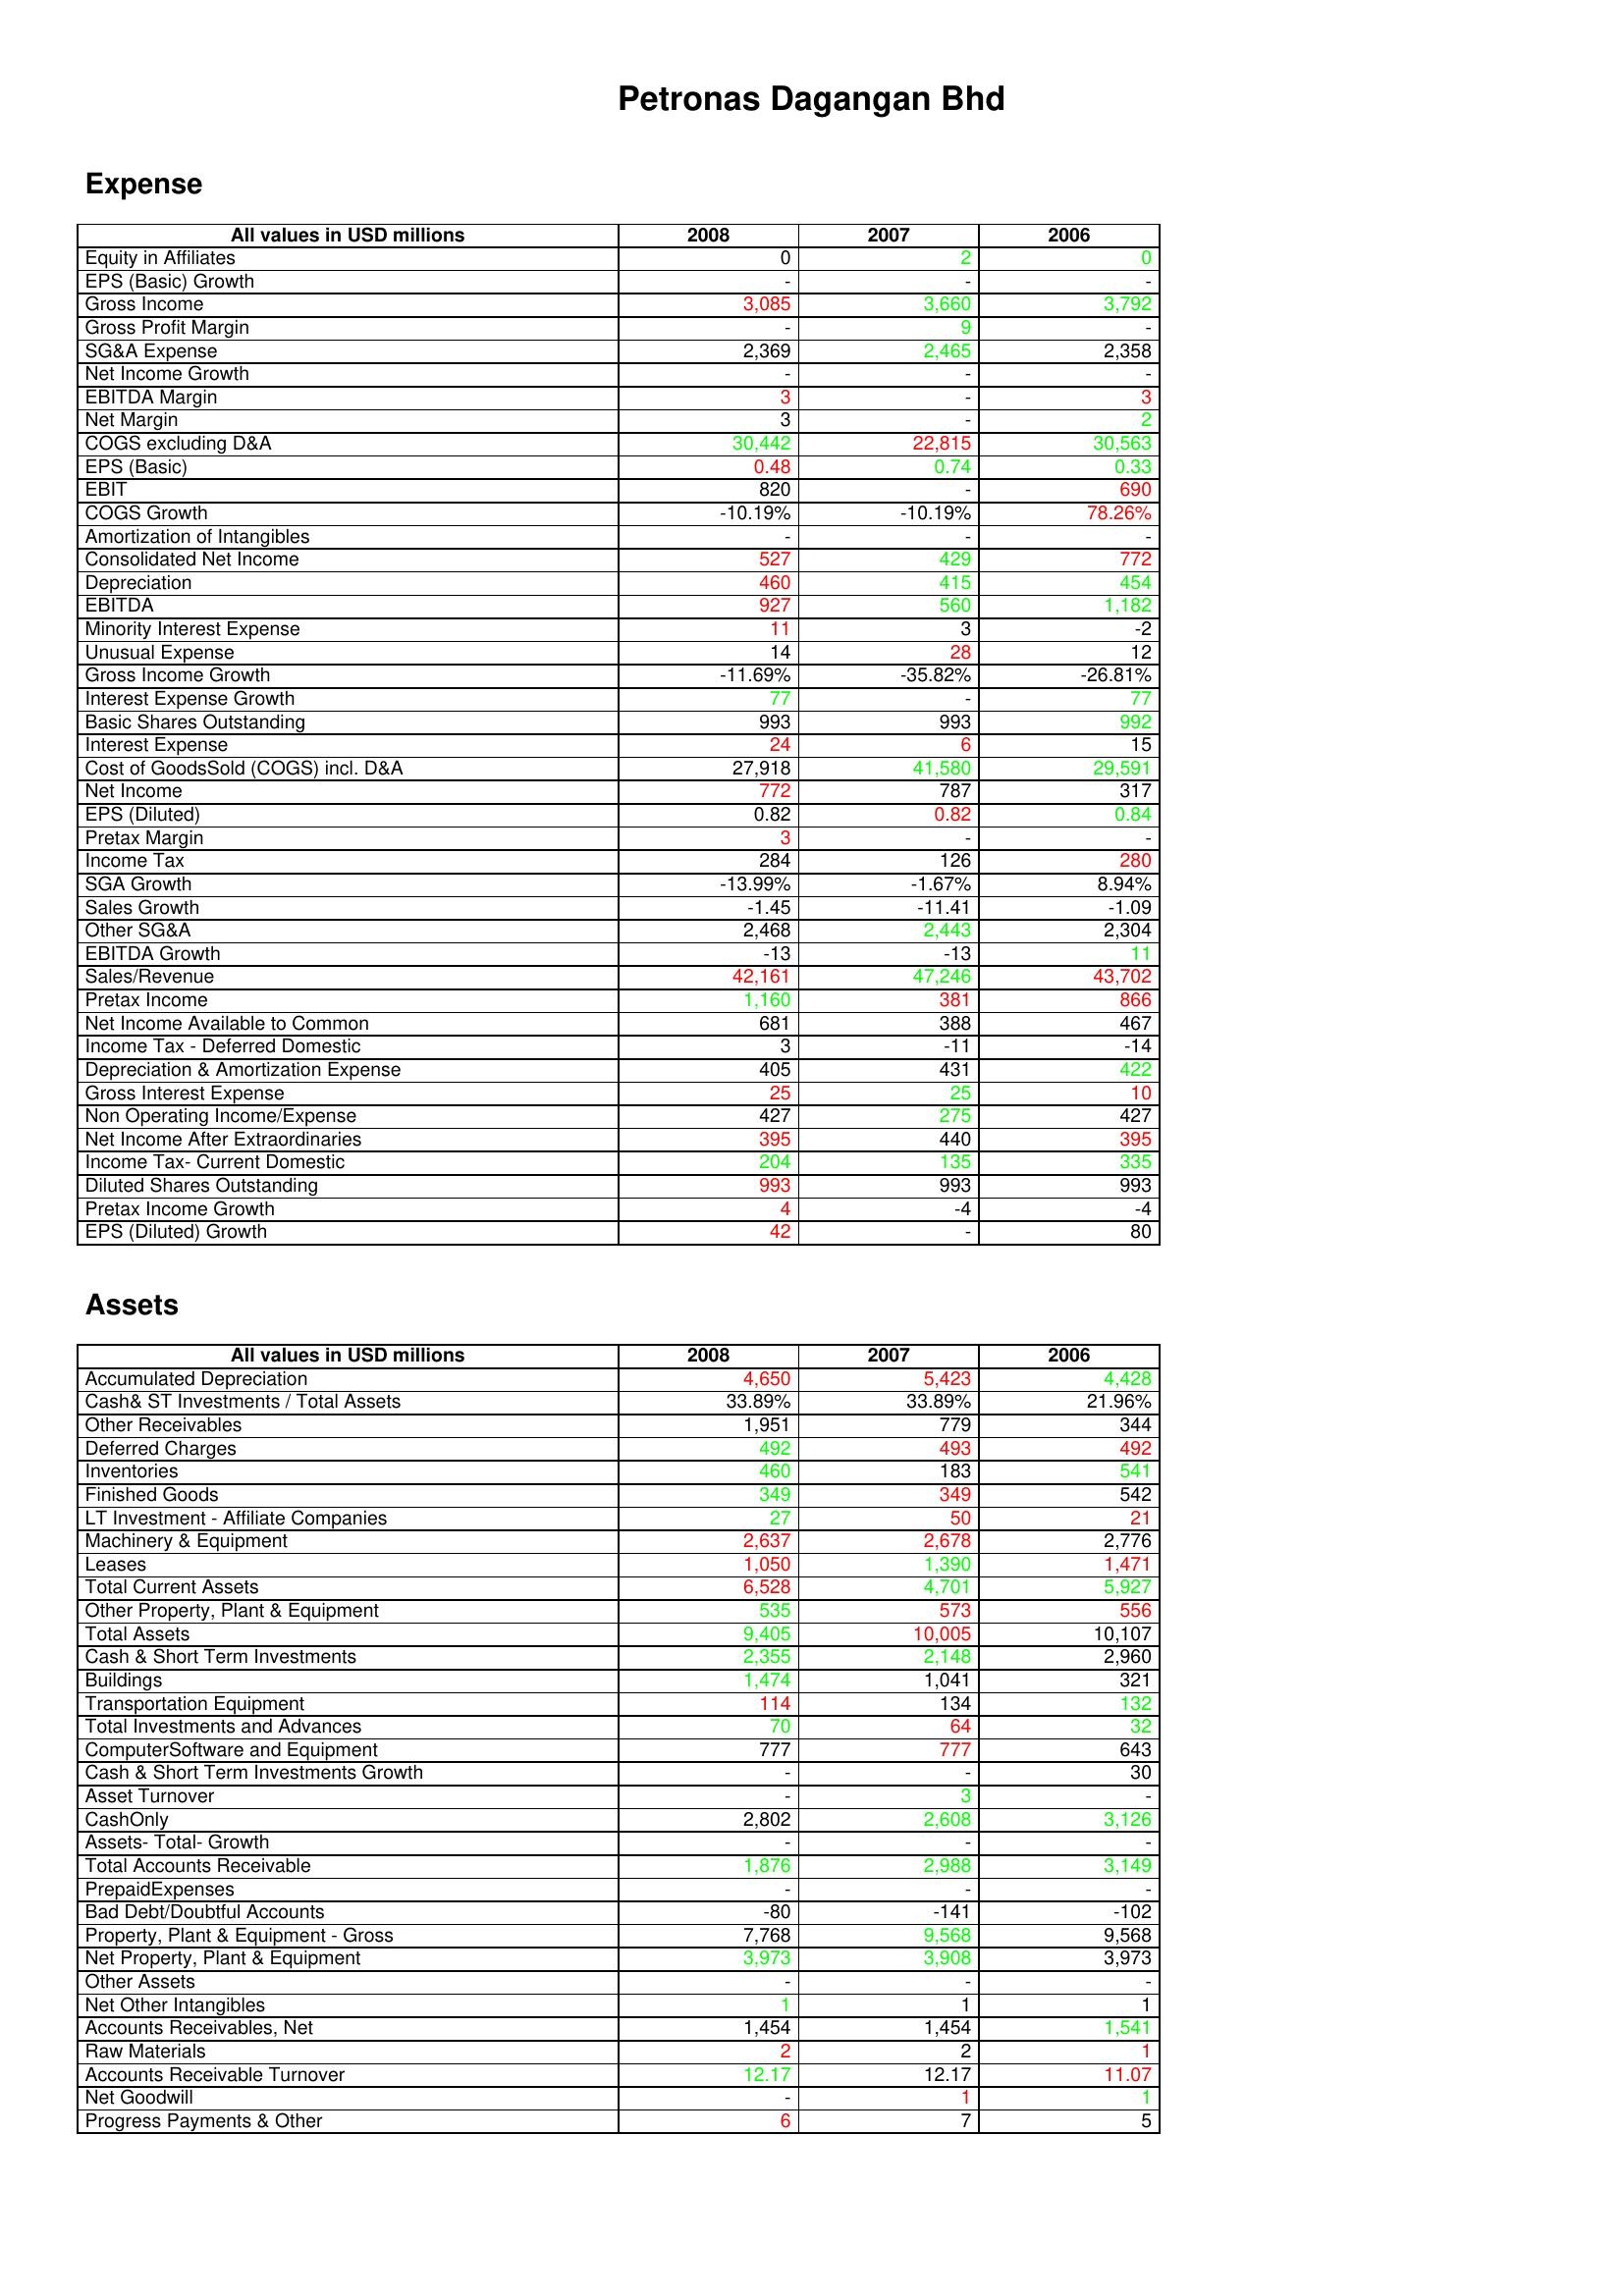
gt_parse: 2008: Expense: Equity in Affiliates: 0
EPS (Basic) Growth: -
Gross Income: 3,085
Gross Profit Margin: -
SG&A Expense: 2,369
Net Income Growth: -
EBITDA Margin: 3
Net Margin: 3
COGS excluding D&A: 30,442
EPS (Basic): 0.48
EBIT: 820
COGS Growth: -10.19%
Amortization of Intangibles: -
Consolidated Net Income: 527
Depreciation: 460
EBITDA: 927
Minority Interest Expense: 11
Unusual Expense: 14
Gross Income Growth: -11.69%
Interest Expense Growth: 77
Basic Shares Outstanding: 993
Interest Expense: 24
Cost of GoodsSold (COGS) incl. D&A: 27,918
Net Income: 772
EPS (Diluted): 0.82
Pretax Margin: 3
Income Tax: 284
SGA Growth: -13.99%
Sales Growth: -1.45
Other SG&A: 2,468
EBITDA Growth: -13
Sales/Revenue: 42,161
Pretax Income: 1,160
Net Income Available to Common: 681
Income Tax - Deferred Domestic: 3
Depreciation & Amortization Expense: 405
Gross Interest Expense: 25
Non Operating Income/Expense: 427
Net Income After Extraordinaries: 395
Income Tax- Current Domestic: 204
Diluted Shares Outstanding: 993
Pretax Income Growth: 4
EPS (Diluted) Growth: 42
Assets: Accumulated Depreciation: 4,650
Cash& ST Investments / Total Assets: 33.89%
Other Receivables: 1,951
Deferred Charges: 492
Inventories: 460
Finished Goods: 349
LT Investment - Affiliate Companies: 27
Machinery & Equipment: 2,637
Leases: 1,050
Total Current Assets: 6,528
Other Property, Plant & Equipment: 535
Total Assets: 9,405
Cash & Short Term Investments: 2,355
Buildings: 1,474
Transportation Equipment: 114
Total Investments and Advances: 70
ComputerSoftware and Equipment: 777
Cash & Short Term Investments Growth: -
Asset Turnover: -
CashOnly: 2,802
Assets- Total- Growth: -
Total Accounts Receivable: 1,876
PrepaidExpenses: -
Bad Debt/Doubtful Accounts: -80
Property, Plant & Equipment - Gross : 7,768
Net Property, Plant & Equipment: 3,973
Other Assets: -
Net Other Intangibles: 1
Accounts Receivables, Net: 1,454
Raw Materials: 2
Accounts Receivable Turnover: 12.17
Net Goodwill: -
Progress Payments & Other: 6
2007: Expense: Equity in Affiliates: 2
EPS (Basic) Growth: -
Gross Income: 3,660
Gross Profit Margin: 9
SG&A Expense: 2,465
Net Income Growth: -
EBITDA Margin: -
Net Margin: -
COGS excluding D&A: 22,815
EPS (Basic): 0.74
EBIT: -
COGS Growth: -10.19%
Amortization of Intangibles: -
Consolidated Net Income: 429
Depreciation: 415
EBITDA: 560
Minority Interest Expense: 3
Unusual Expense: 28
Gross Income Growth: -35.82%
Interest Expense Growth: -
Basic Shares Outstanding: 993
Interest Expense: 6
Cost of GoodsSold (COGS) incl. D&A: 41,580
Net Income: 787
EPS (Diluted): 0.82
Pretax Margin: -
Income Tax: 126
SGA Growth: -1.67%
Sales Growth: -11.41
Other SG&A: 2,443
EBITDA Growth: -13
Sales/Revenue: 47,246
Pretax Income: 381
Net Income Available to Common: 388
Income Tax - Deferred Domestic: -11
Depreciation & Amortization Expense: 431
Gross Interest Expense: 25
Non Operating Income/Expense: 275
Net Income After Extraordinaries: 440
Income Tax- Current Domestic: 135
Diluted Shares Outstanding: 993
Pretax Income Growth: -4
EPS (Diluted) Growth: -
Assets: Accumulated Depreciation: 5,423
Cash& ST Investments / Total Assets: 33.89%
Other Receivables: 779
Deferred Charges: 493
Inventories: 183
Finished Goods: 349
LT Investment - Affiliate Companies: 50
Machinery & Equipment: 2,678
Leases: 1,390
Total Current Assets: 4,701
Other Property, Plant & Equipment: 573
Total Assets: 10,005
Cash & Short Term Investments: 2,148
Buildings: 1,041
Transportation Equipment: 134
Total Investments and Advances: 64
ComputerSoftware and Equipment: 777
Cash & Short Term Investments Growth: -
Asset Turnover: 3
CashOnly: 2,608
Assets- Total- Growth: -
Total Accounts Receivable: 2,988
PrepaidExpenses: -
Bad Debt/Doubtful Accounts: -141
Property, Plant & Equipment - Gross : 9,568
Net Property, Plant & Equipment: 3,908
Other Assets: -
Net Other Intangibles: 1
Accounts Receivables, Net: 1,454
Raw Materials: 2
Accounts Receivable Turnover: 12.17
Net Goodwill: 1
Progress Payments & Other: 7
2006: Expense: Equity in Affiliates: 0
EPS (Basic) Growth: -
Gross Income: 3,792
Gross Profit Margin: -
SG&A Expense: 2,358
Net Income Growth: -
EBITDA Margin: 3
Net Margin: 2
COGS excluding D&A: 30,563
EPS (Basic): 0.33
EBIT: 690
COGS Growth: 78.26%
Amortization of Intangibles: -
Consolidated Net Income: 772
Depreciation: 454
EBITDA: 1,182
Minority Interest Expense: -2
Unusual Expense: 12
Gross Income Growth: -26.81%
Interest Expense Growth: 77
Basic Shares Outstanding: 992
Interest Expense: 15
Cost of GoodsSold (COGS) incl. D&A: 29,591
Net Income: 317
EPS (Diluted): 0.84
Pretax Margin: -
Income Tax: 280
SGA Growth: 8.94%
Sales Growth: -1.09
Other SG&A: 2,304
EBITDA Growth: 11
Sales/Revenue: 43,702
Pretax Income: 866
Net Income Available to Common: 467
Income Tax - Deferred Domestic: -14
Depreciation & Amortization Expense: 422
Gross Interest Expense: 10
Non Operating Income/Expense: 427
Net Income After Extraordinaries: 395
Income Tax- Current Domestic: 335
Diluted Shares Outstanding: 993
Pretax Income Growth: -4
EPS (Diluted) Growth: 80
Assets: Accumulated Depreciation: 4,428
Cash& ST Investments / Total Assets: 21.96%
Other Receivables: 344
Deferred Charges: 492
Inventories: 541
Finished Goods: 542
LT Investment - Affiliate Companies: 21
Machinery & Equipment: 2,776
Leases: 1,471
Total Current Assets: 5,927
Other Property, Plant & Equipment: 556
Total Assets: 10,107
Cash & Short Term Investments: 2,960
Buildings: 321
Transportation Equipment: 132
Total Investments and Advances: 32
ComputerSoftware and Equipment: 643
Cash & Short Term Investments Growth: 30
Asset Turnover: -
CashOnly: 3,126
Assets- Total- Growth: -
Total Accounts Receivable: 3,149
PrepaidExpenses: -
Bad Debt/Doubtful Accounts: -102
Property, Plant & Equipment - Gross : 9,568
Net Property, Plant & Equipment: 3,973
Other Assets: -
Net Other Intangibles: 1
Accounts Receivables, Net: 1,541
Raw Materials: 1
Accounts Receivable Turnover: 11.07
Net Goodwill: 1
Progress Payments & Other: 5